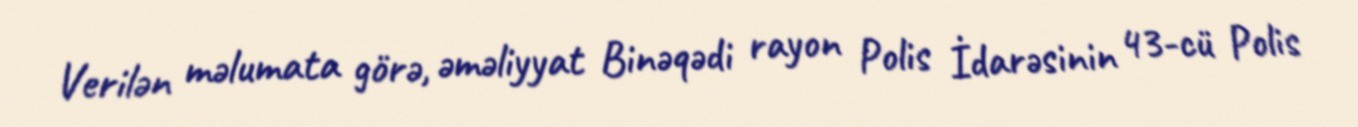
Verilən məlumata görə, əməliyyat Binəqədi rayon Polis İdarəsinin 43-cü Polis